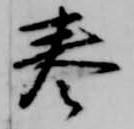
巻